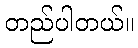
တည်ပါတယ်။